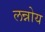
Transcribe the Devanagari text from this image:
लन्नोय